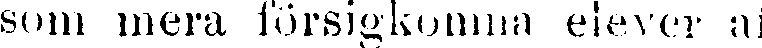
som mera försigkomna elever af